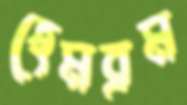
হেমব্রম